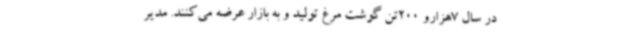
در سال 7هزارو 200تن گوشت مرغ تولید و به بازار عرضه می‌کنند. مدیر